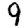
Digit: 9